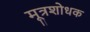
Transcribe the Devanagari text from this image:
मूत्रशोधक